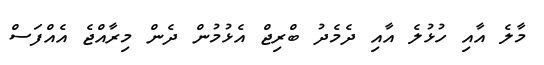
މާލެ އާއި ހުޅުލެ އާއި ދެމެދު ބްރިޖް އެޅުމުން ދެން މިރާއްޖެ އެއްފަސް